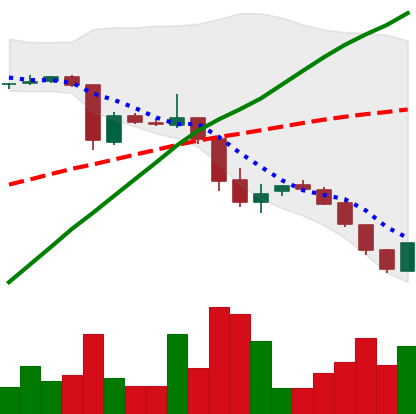
Ticker: DOGE-USD
Chart end date: 2018-10-26
Forward return: -5.522%
Label: down_5_7